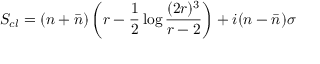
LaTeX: S _ { c l } = ( n + \bar { n } ) \left( r - \frac 1 2 \log \frac { ( 2 r ) ^ { 3 } } { r - 2 } \right) + i ( n - \bar { n } ) \sigma